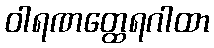
ဝါရဏတ္ထေရဂါထာ